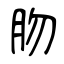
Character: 肳